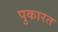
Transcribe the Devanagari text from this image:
पुकारत